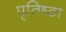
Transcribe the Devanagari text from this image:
पृतिष्ठा